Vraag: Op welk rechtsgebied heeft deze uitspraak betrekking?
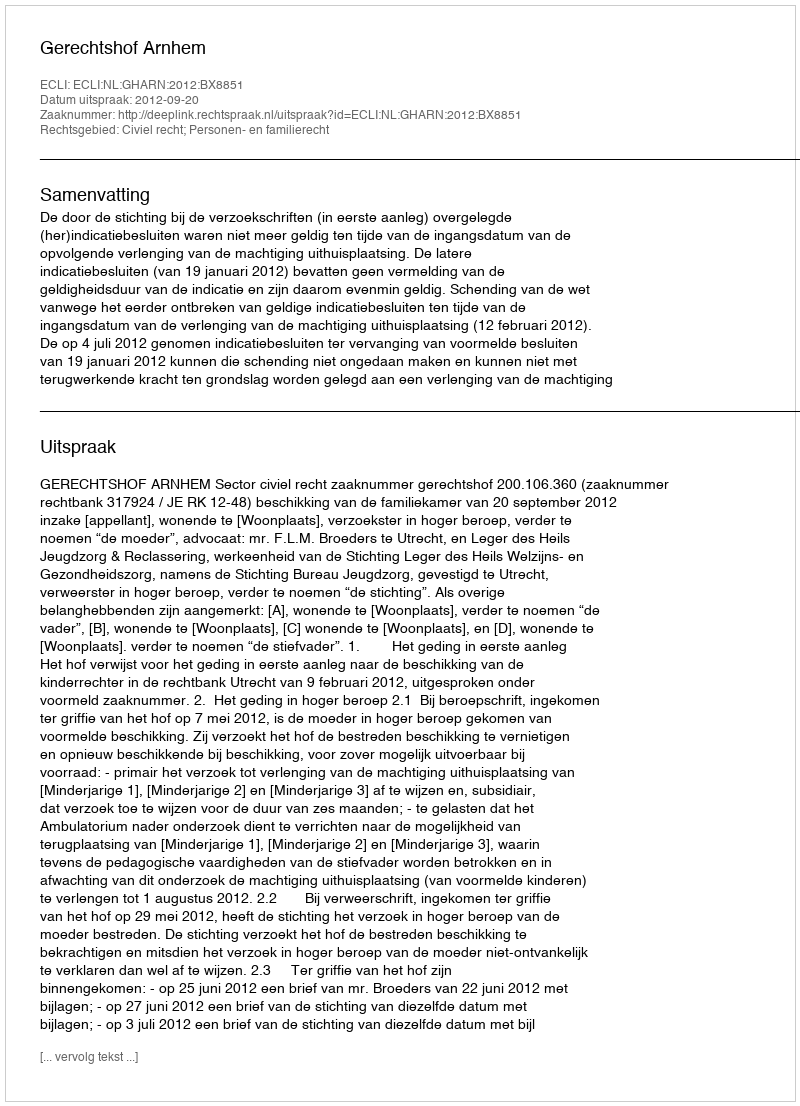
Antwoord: Civiel recht; Personen- en familierecht